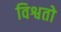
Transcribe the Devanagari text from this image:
विश्वतो